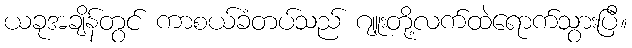
ယခုအချိန်တွင် ကာစယ်ခံတပ်သည် ဂျူးတို့လက်ထဲရောက်သွားပြီ။